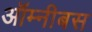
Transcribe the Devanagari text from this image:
ऑम्नीबस